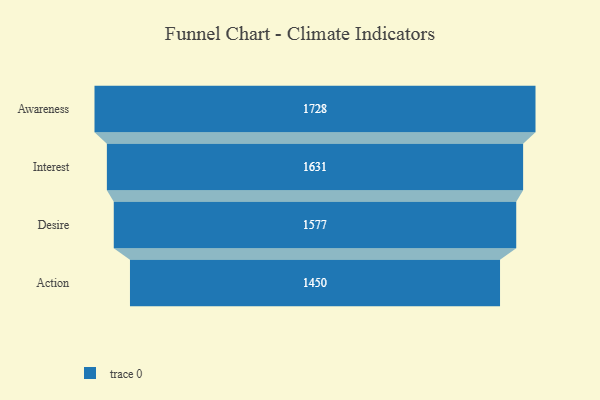
{"axis": {"x": "Stage", "y": "Value"}, "legend": [""], "data": [{"x": "Awareness", "y": 1728.0, "type": ""}, {"x": "Interest", "y": 1631.0, "type": ""}, {"x": "Desire", "y": 1577.0, "type": ""}, {"x": "Action", "y": 1450.0, "type": ""}]}